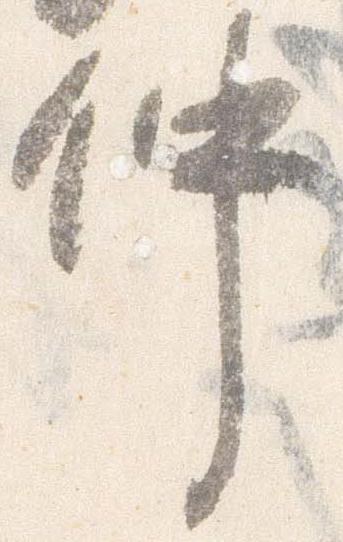
仲